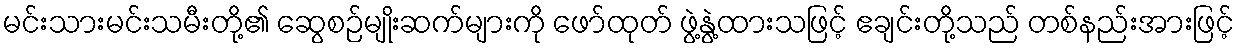
မင်းသားမင်းသမီးတို့၏ ဆွေစဉ်မျိုးဆက်များကို ဖော်ထုတ် ဖွဲ့နွဲ့ထားသဖြင့် ဧချင်းတို့သည် တစ်နည်းအားဖြင့်